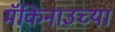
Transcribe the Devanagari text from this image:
मॅकिनाउच्या